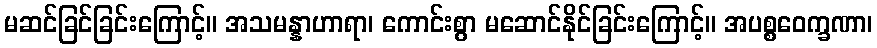
မဆင်ခြင်ခြင်းကြောင့်။ အသမန္နာဟာရာ၊ ကောင်းစွာ မဆောင်နိုင်ခြင်းကြောင့်။ အပစ္စဝေက္ခဏာ၊